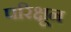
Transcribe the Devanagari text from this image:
परिक्षून